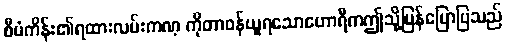
စီမံကိန်း၏ရထားလမ်းကဏ္ ကိုတာဝန်ယူရသောဟောရီကဤသို့ပြန်ပြောပြသည်